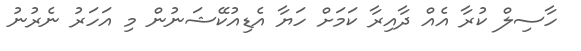
ހާސިލް ކުރާ އެއް ދާއިރާ ކަމަށް ހަޔާ އެޑިއުކޭޝަނުން މި އަހަރު ނެރުނު